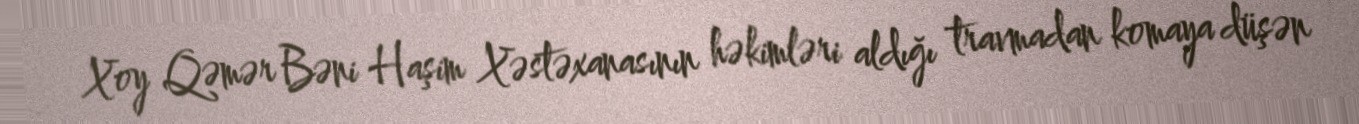
Xoy Qəmər Bəni Haşim Xəstəxanasının həkimləri aldığı travmadan komaya düşən